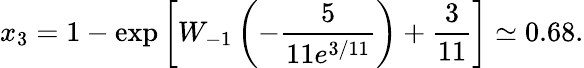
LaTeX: x_{3}=1-\exp\left[W_{-1}\left(-\frac{5}{11e^{3/11}}\right)+\frac{3}{11}\right]\simeq 0.68.